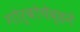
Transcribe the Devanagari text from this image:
गोर्बोचेव्हने